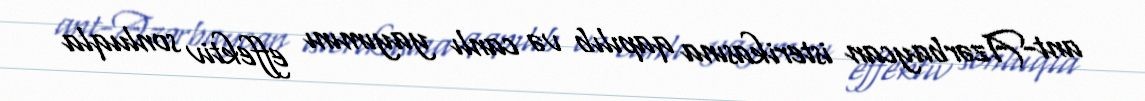
ant-Azərbaycan isterikasına qapılıb və canlı yayımını effektiv sonluqla